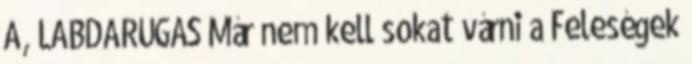
A, LABDARÚGÁS Már nem kell sokat várni a Feleségek